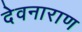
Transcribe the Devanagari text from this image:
देवनाराण